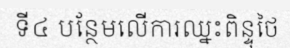
ទី៤ បន្ថែមលើការឈ្នះពិន្ទុថៃ